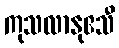
ကုသလာနုဧသီ